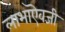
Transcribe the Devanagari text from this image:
लाभाऎवजी